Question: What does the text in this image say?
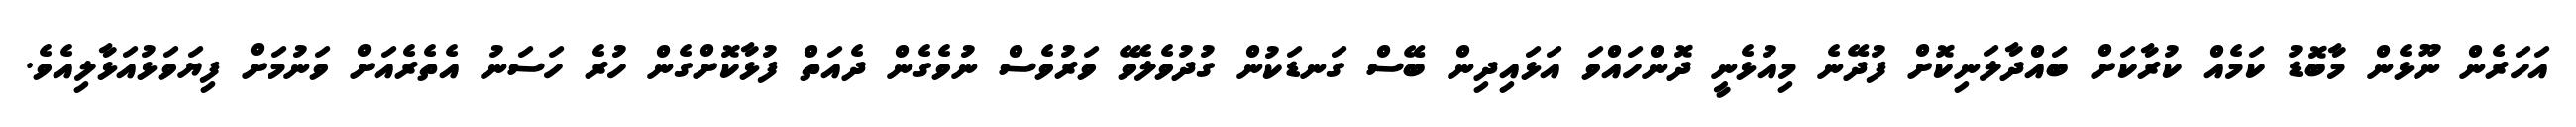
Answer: އަހަރެން ނޫޅެން މާބޮޑު ކަމެއް ކުރާކަށް ބައްދާލަނިކޮށް ފުދޭނެ މިއުޅެނީ ދޮންހައްވަ އަޅައިދިން ބޭސް ގަނޑަކުން ގުދުވެލެވޭ ވަރުވެސް ނުވެގެން ދެއަތް ފުޅާކޮށްގެން ހުރެ ހަސަނު އެތެރެއަށް ވަނުމަށް ފިޔަވަޅުއަޅާލިއެވެ.